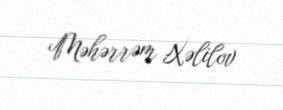
Məhərrəm Xəlilov